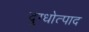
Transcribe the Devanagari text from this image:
दुग्धोत्पाद